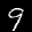
Label: 9